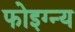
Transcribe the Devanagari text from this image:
फोइग्न्य